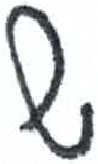
אות: ש